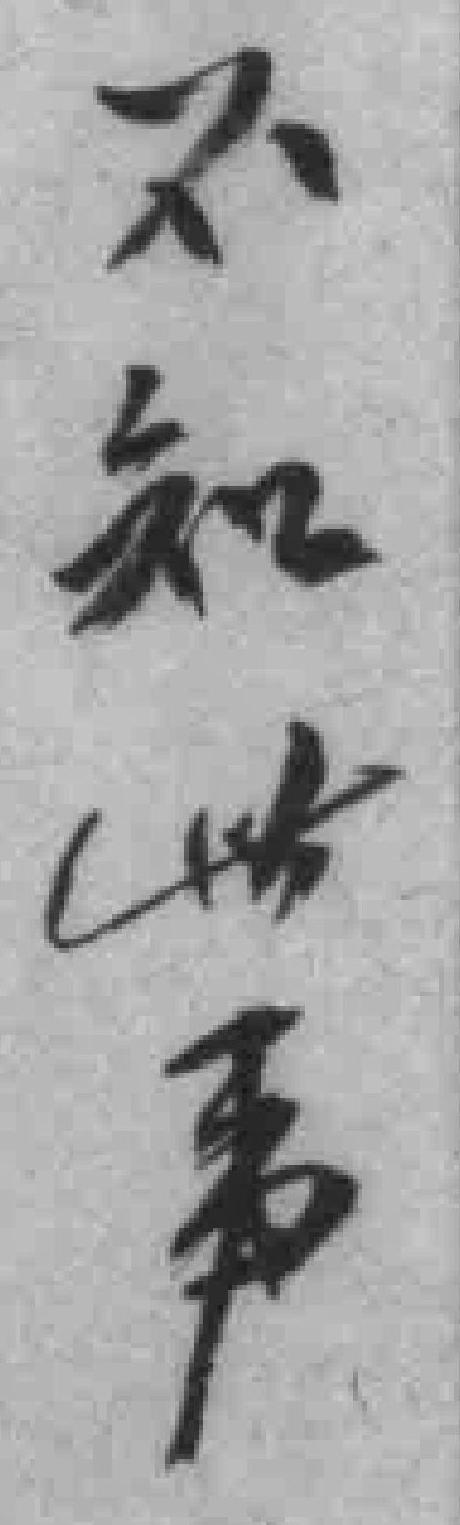
不知世事